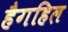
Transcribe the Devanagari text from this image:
हैगहिल